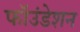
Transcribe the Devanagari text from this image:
फॉउंडेशन